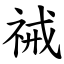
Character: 祴